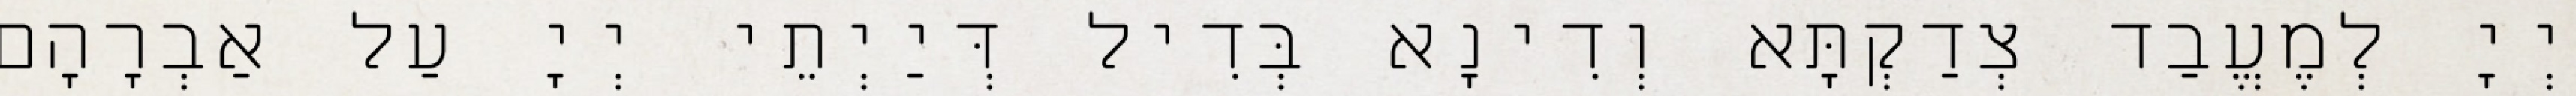
יְיָ לְמֶעֱבַד צְדַקְתָּא וְדִינָא בְּדִיל דְּיַיְתֵי יְיָ עַל אַבְרָהָם